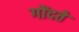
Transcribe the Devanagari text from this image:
गोंदते